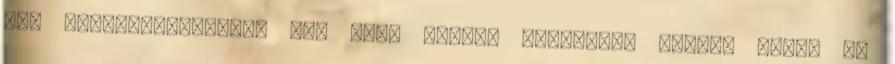
nem összeférhetetlen az, hogy valaki egyszerre legyen költő és